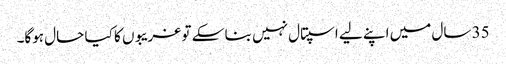
35 سال میں اپنے لیے اسپتال نہیں بنا سکے تو غریبوں کا کیا حال ہوگا۔